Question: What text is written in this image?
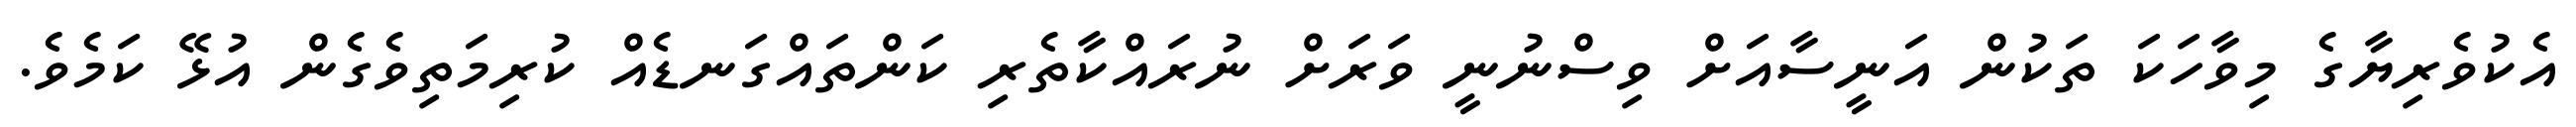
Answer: އެކުވެރިޔާގެ މިވާހަކަ ތަކުން އަނީސާއަށް ވިސްނުނީ ވަރަށް ނުރައްކާތެރި ކަންތައްގަނޑެއް ކުރިމަތިވެގެން އުޅޭ ކަމެވެ.